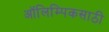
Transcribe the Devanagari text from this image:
ऑलिम्पिकसाठी